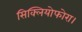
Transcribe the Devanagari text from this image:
सिक्लियोफोरा।